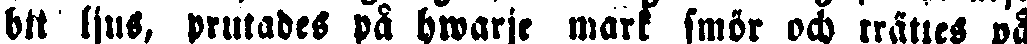
ett ljus, prutades på hwarje mark smör och trättes på